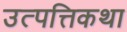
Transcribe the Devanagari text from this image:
उत्पत्तिकथा